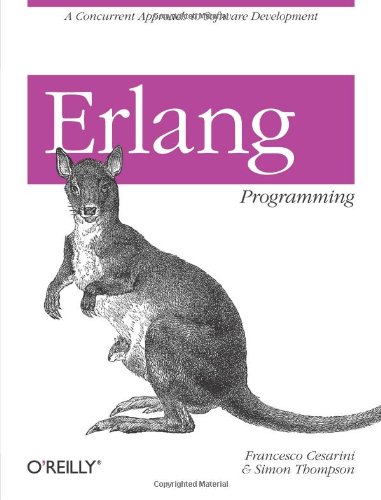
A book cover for Erlang Programming; Francesco Cesarini; Computers & Technology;